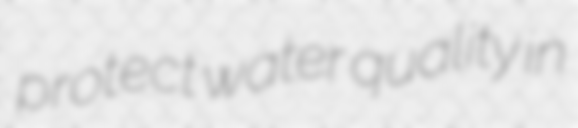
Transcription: protect water quality in